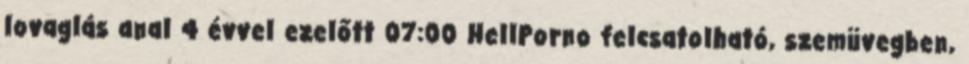
lovaglás anal 4 évvel ezelőtt 07:00 HellPorno felcsatolható, szemüvegben,